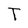
Character: T